Report on the lunatic asylums under the Government of Bombay - 1904-1913
Year: 1904
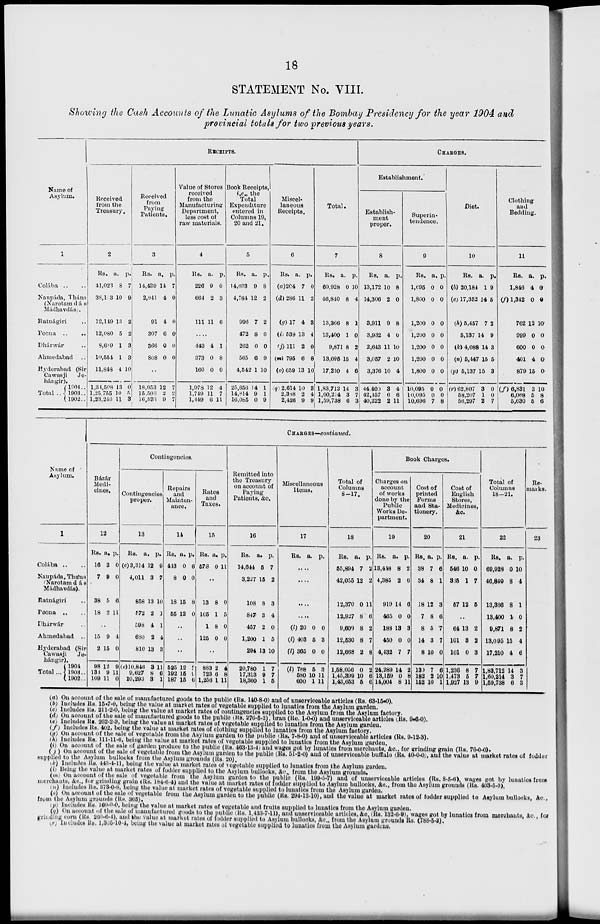
18
STATEMENT No. VIII.
Showing the Cash Accounts of the Lunatic Asylums of the Bombay Presidency for the year 1904 and
provincial totals for two previous years.
Name of
Asylum.
1
Colába ..
Naupáda, Thána
(Narotam dás
Mádhavdás).
Ratnágiri ..
Poona
..
Dhárwár ..
Ahmedabad ..
Hyderabad (Sir
Cawasji Je-
hángir).
Total ..
1904 ..
1903 . .
1902..
RECEIPTS.
Received
from the
Treasury.
2
Rs.
41,023
38,153
12,149
12,080
8,689
10,554
11,848
1,34,508
1,25,755
1,23,243
a.
8
10
13
5
1
1
4
13
10
11
p.
7
9
2
2
3
3
10
0
5
3
Received
from
Paying
Patients.
3
Rs.
14,439
2,941
91
307
366
808
a.
14
4
4
6
0
0
p.
7
0
0
0
0
0
..
18,953
15,506
16,533
12
2
9
7
2
7
Value of Stores
received
from the
Manufacturing
Department,
less cost of
raw materials.
4
Rs.
226
664
111
a.
9
2
11
p.
0
3
6
.....
443
373
160
1,978
1,749
1,449
4
0
0
12
11
6
1
8
0
4
7
11
Book Receipts,
i.e., the
Total
Expenditure
entered in
Columns 19,
20 and 21.
5
Rs.
14,033
4,784
996
472
262
565
4,542
25,656
14,814
16,085
a.
9
12
7
8
0
6
1
14
9
0
p.
8
2
2
6
0
9
10
1
1
0
Miscel-
laneous
Receipts.
6
Rs.
(a) 204
(d) 286
(g) 17
(i) 539
(j) 111
(m) 795
(o) 659
(q) 2,614
2,388
2,426
a.
7
11
4
13
2
6
13
10
2
9
p.
0
2
3
4
0
8
10
3
4
9
Total.
7
Rs.
69,928
46,840
13,366
13,400
9,871
13,095
17,210
1,83,712
1,60,214
1,59,738
a.
0
8
8
1
8
15
4
14
3
6
p.
10
4
1
0
2
4
6
3
7
3
CHARGES.
Establishment.
Establish-
ment
proper.
8
Rs.
13,172
14,306
3,911
3,932
2,643
3,057
3,376
44,400
42,457
40,222
a.
10
2
9
4
11
2
10
3
6
2
p.
8
0
8
0
10
10
4
4
6
11
Superin-
tendence.
9
Rs.
1,695
1,800
1,200
1,200
1,200
1,200
1,800
10,095
10,095
10,696
a.
0
0
0
0
0
0
0
0
0
7
p.
0
0
0
0
0
0
0
0
0
8
Diet.
10
Rs.
(b) 20,184
(c) 17,352
(h) 5,457
5,137
(k) 4,088
(n) 5,447
(p) 5,137
(r) 62,807
58,207
56,297
a.
1
14
7
14
14
15
15
3
1
2
p.
9
5
2
9
3
5
3
0
0
7
Clothing
and
Bedding.
11
Rs.
1,846
(f) 1,342
762
999
600
401
879
(f) 6,831
6,068
5,630
a.
4
0
12
0
0
4
15
3
5
5
p.
0
0
10
0
0
0
0
10
8
6
Name of
Asylum.
1
Colába .. ..
Naupáda, Thána
Narotam dás
Mádhavdás).
Ratnágiri .. ..
Poona .. ..
Dhárwár ..
Ahmedabad
..
Hyderabad (Sir
Cawasji Je-
hángir).
Total ...
1904..
1903 ..
1902..
CHARGES—continued.
Bázár
Medi-
cines.
12
Rs.
16
7
38
18
a.
3
9
5
2
p.
0
0
6
11
..
15
2
98
138
109
9
15
12
9
11
4
0
9
11
0
Contingencies.
Contingencies
proper.
13
Rs.
(c)3,314
4,011
858
572
598
680
810
(c) 10,846
9,627
10,293
a.
12
3
13
2
4
2
13
3
8
3
p.
9
7
10
1
1
4
3
11
6
1
Repairs
and
Mainten-
ance.
14
Rs.
443
8
18
55
a.
0
0
15
12
p
6
0
8
0
..
..
..
525
192
187
12
15
15
2
9 6
Rates
and
Taxes.
15
Rs.
578
a.
0
p.
11
..
13
165
1
125
8
1
8
0
0
5
0
0
..
883
723
1,256
2
6
1
4
8
11
Remitted into
the Treasury
on account of
Paying
Patients, &c.
16
Rs.
14,644
3,227
108
847
457
1,200
294
20,780
17,313
18,360
a.
5
15
8
3
2
1
13
1
9
1
p.
7
2
3
4
0
5
10
7
7
5
Miscellaneous
Items.
17
Rs.
a. p.
.....
.....
.....
.....
(l) 20
(l) 403
(l) 365
(l) 788
580
600
0
5
0
5
10
1
0
3
0
3
11
11
Total of
Columns
8-17.
18
Rs.
55,894
42,055
12,370
12,927
9,609
12,530
12,668
1,58,056
1,45,399
1,43,653
a.
7
12
0
8
8
8
2
0
10
5
p.
2
2
11
6
2
7
8
2
6
6
Book Charges.
Charges on
account
of works
done by the
Public
Works De-
partment.
19
Rs.
13,448
4,385
919
465
188
450
4,432
24,289
13,159
14,004
a.
8
2
14
0
13
0
7
14
0
8
p.
2
6
6
0
3
0
7
2
8
11
Cost of
printed
Forms
and Sta-
tionery.
20
Rs.
38
34
18
7
8
14
8
130
182
152
a.
7
8
12
8
5
3
10
7
2
10
p.
6
1
3
6
7
7
0
6
10
1
Cost of
English
Stores,
Medicines,
&c.
21
Rs.
546
365
57
a.
10
1
12
p.
0
7
5
..
64
101
101
1,236
1,473
1,927
13
3
0
8
5
13
2
2
3
7
7
9
Total of
Columns
18—21.
22
Rs.
69,928
46,840
13,366
13,400
9,871
13,095
17,210
1,83,712
1,60,214
1,59,738
a.
0
8
8
1
8
15
4
14
3
6
p.
10
4
1
0
2
4
6
3
7
3
Re-
marks.
23
(a) On account of the sale of manufactured goods to the public (Rs. 140-8-0) and of unserviceable articles (RS. 63-15-0).
(b) Includes Rs. 15-7-0, being the value at market rates of vegetable supplied to lunatics from the Asylum garden.
(c) lncludes RS. 211-2-0, being the value at market rates of contingencies supplied to the Asylum from the Asylum factory.
(d) On account of the sale of manufactured goods to the public (Rs. 276-5-2), bran (Re. 1-0-0) and unserviceable articles (Rs. 9-6-0).
(e) Includes Rs. 262-2-3, being the value at market rates of vegetable supplied to lunatics from the Asylum garden.
(f) Includes Rs. 402, being the value at market rates of clothing supplied to lunatics from the Asylum factory.
(g) On account of the sale of vegetable from the Asylum garden to the public (Rs. 7-8-0) and of unserviceable articles (Rs. 9-12-3).
(h) Includes RS. 111-11-6, being the value at market rates of vegetable supplied to lunatics from the Asylum garden.
(i) On account of the sale of garden produce to the public (Rs. 463-13-4) and wages got by lunatics from merchants, &c., for grinding grain (Rs. 76-0-0).
( j) On account of the sale of vegetable from the Asylum garden to the public (Rs. 51-2-0) and of unserviceable buffalo (Rs. 40-0-0, and the value at market rates of fodder
supplied to the Asylum bullocks from the Asylum grounds (Rs. 20).
(k) Includes Rs. 443-4-11, being the value at market rates of vegetable supplied to lunaties from the Asylum garden.
(l) Being the value at market rates of fodder supplied to the Asylum bullocks, &c., from the Asylum grounds.
(m) On account of the sale of vegetable from the Asylum garden to the public (Rs. 199-5-7) and of unserviceable articles (Rs. 8-5-6), wages got by lunatics from
merchants, &c., for grinding grain (Rs. 184-6-4) and the value at market rates of fodder supplied to Asylum bullocks, &c., from the Asylum grounds (Rs. 403-5-3),
(n) Includes Rs. 373-0-8 , being the value at market rates of vegetable supplied to lunatics from the Asylum garden.
(o) On account of the sale of vegetable from the Asylum garden to the public (Rs. 294-13-10), and the value at market rates of fodder supplied to Asylum bullocks, &c.,
from the Asylum grounds (Rs. 365).
(p) Includes Rs. 160-0-0, being the value at market rates of vegetable and fruits supplied to lunatics from the Asylum garden.
(q) On account of the sale of manufactured goods to the public (Rs. 1,433-7-11), and unserviceable articles, &c. (Rs. 132-6-9), wages got by lunatics from merchants, &c., for
grinding corn (Rs. 260-6-4), and the value at market rates of fodder supplied to Asylum bullocks, &c., from the Asylum grounds Rs. (788-5-3).
(r) Includes Rs. 1,365-10-4 , being the value at market rates of vegetable supplied to lunatics from the Asylum gardens.